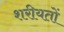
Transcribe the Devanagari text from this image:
शरीयतों